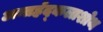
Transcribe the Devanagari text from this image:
अन्तर्ह्रद्कलाशोथ